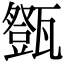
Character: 𤮘